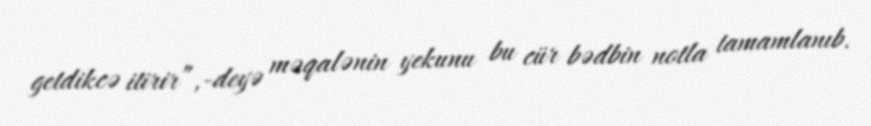
getdikcə itirir”,-deyə məqalənin yekunu bu cür bədbin notla tamamlanıb.